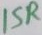
Text: 15R